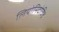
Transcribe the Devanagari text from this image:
लियोनिदोविच